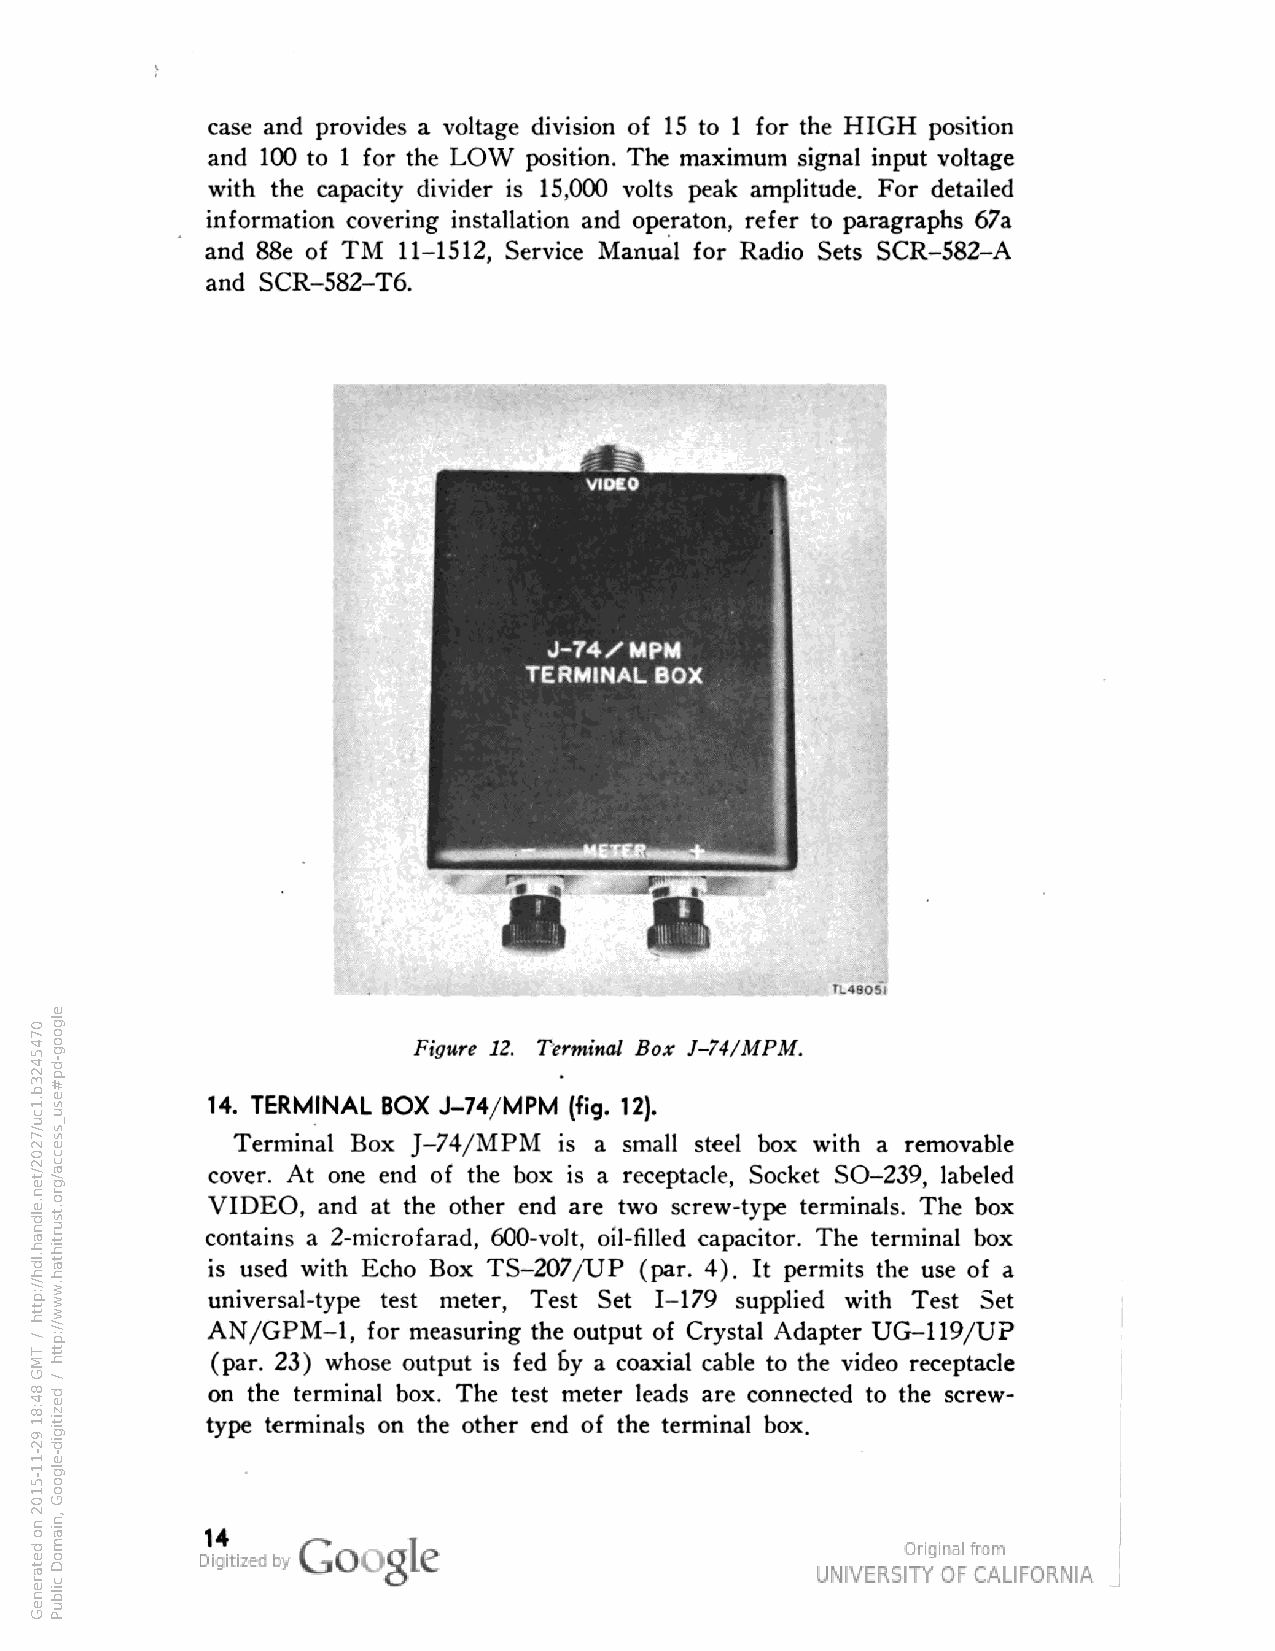
case and provides a voltage division of 15 to 1 for the HIGH position
 and 100 to 1 for the LOW position. The maximum signal input voltage
 with the capacity divider is 15,000 volts peak amplitude. For detailed
 information covering installation and operaton, refer to paragraphs 67a
 and 88e of TM 11-1512, Service Manual for Radio Sets SCR-582-A
 and SCR-582-T6.
 J-74XHPM
 TERMINAL BOX
 Figure 12. Terminal Box J-74/MPM.
 14. TERMINAL BOX J-74/MPM (fig. 12).
 Terminal Box J-74/MPM is a small steel box with a removable
 cover. At one end of the box is a receptacle, Socket SO-239, labeled
 VIDEO,
 and at the other end are two screw-type terminals. The box
 contains a 2-microfarad, 600-volt, oil-filled capacitor. The terminal box
 is used with Echo Box TS-207/UP (par. 4). It permits the use of a
 universal-type test meter, Test Set 1-179 supplied with Test Set
 AN/GPM-1, for measuring the output of Crystal Adapter UG-119/UP
 (par. 23) whose output is fed coaxial cable to the video receptacle
 on the terminal box. The test meter leads are connected to the screw-
 type terminals on the other end of the terminal box.
 14
 0745423b.1cu/7202/ten.eldnah.ldh//:ptth
 /
 TMG
 84:81
 92-11-5102
 no
 detareneG
 elgoog-dp#esu_ssecca/gro.tsurtihtah.www//:ptth
 /
 dezitigid-elgooG
 ,niamoD
 cilbuP
 yef a